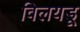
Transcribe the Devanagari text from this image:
विलयडू